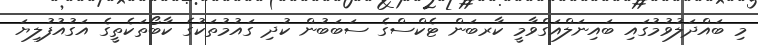
މި ބައްދަލުވުމުގައި ބައިނަލްއަގްވާމީ ކާރބަން ޓެކްސްގެ ސަބަބުން ކުދި ގައުމުތަކުގެ ކާބޯތަކެތީގެ އަގުއުފުލިޔަ